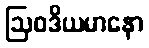
ဩဝဒိယမာနော